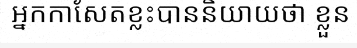
អ្នកកាសែតខ្លះបាននិយាយថា ខ្លួន